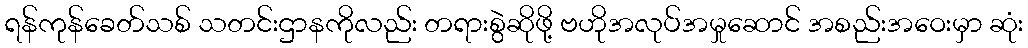
ရန်ကုန်ခေတ်သစ် သတင်းဌာနကိုလည်း တရားစွဲဆိုဖို့ ဗဟိုအလုပ်အမှုဆောင် အစည်းအဝေးမှာ ဆုံး